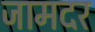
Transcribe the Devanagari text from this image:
जामदर